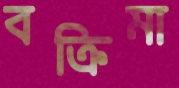
বক্রিমা